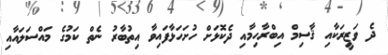
ދެ ވަޒީރަކާއި ޤާސިމް އިބްރާހިމާއި ދެކޮޅަށް ހުށަހަޅާފައިވާ އިތުބާރު ނެތް ކަމުގެ މައްސަލައާއި